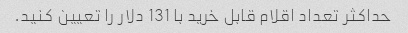
حداکثر تعداد اقلام قابل خرید با 131 دلار را تعیین کنید.